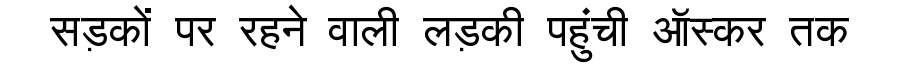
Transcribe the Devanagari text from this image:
सड़कों पर रहने वाली लड़की पहुंची ऑस्कर तक